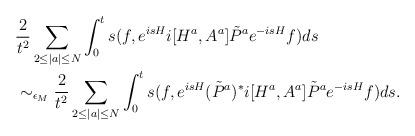
LaTeX: \begin{align*}\begin{aligned}&\frac{2}{t^2}\sum_{2\le|a|\le N}\int_0^ts(f,e^{isH}i[H^a,A^a]\tilde P^ae^{-isH}f)ds\\&\sim_{\epsilon_M} \frac{2}{t^2}\sum_{2\le|a|\le N}\int_0^ts(f,e^{isH}(\tilde P^a)^*i[H^a,A^a]\tilde P^ae^{-isH}f)ds.\end{aligned}\end{align*}